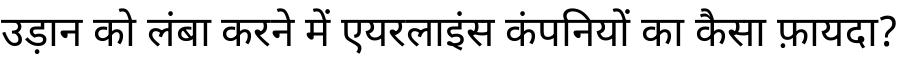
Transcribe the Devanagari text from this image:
उड़ान को लंबा करने में एयरलाइंस कंपनियों का कैसा फ़ायदा?